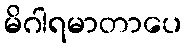
မိဂါရမာတာပေ